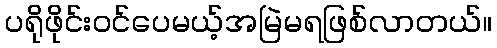
ပရိုဖိုင်းဝင်ပေမယ့်အမြဲမရဖြစ်လာတယ်။